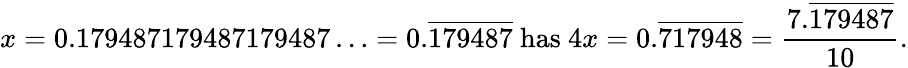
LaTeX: x=0.179487179487179487\ldots=0.{\overline{{179487}}}{\mathrm{~has~}}4x=0.{\overline{{717948}}}={\frac{7.{\overline{{179487}}}}{10}}.